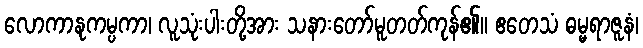
လောကာနုကမ္ပကာ၊ လူသုံးပါးတို့အား သနားတော်မူတတ်ကုန်၏။ ဧတေသံ ဓမ္မရာဇူနံ၊